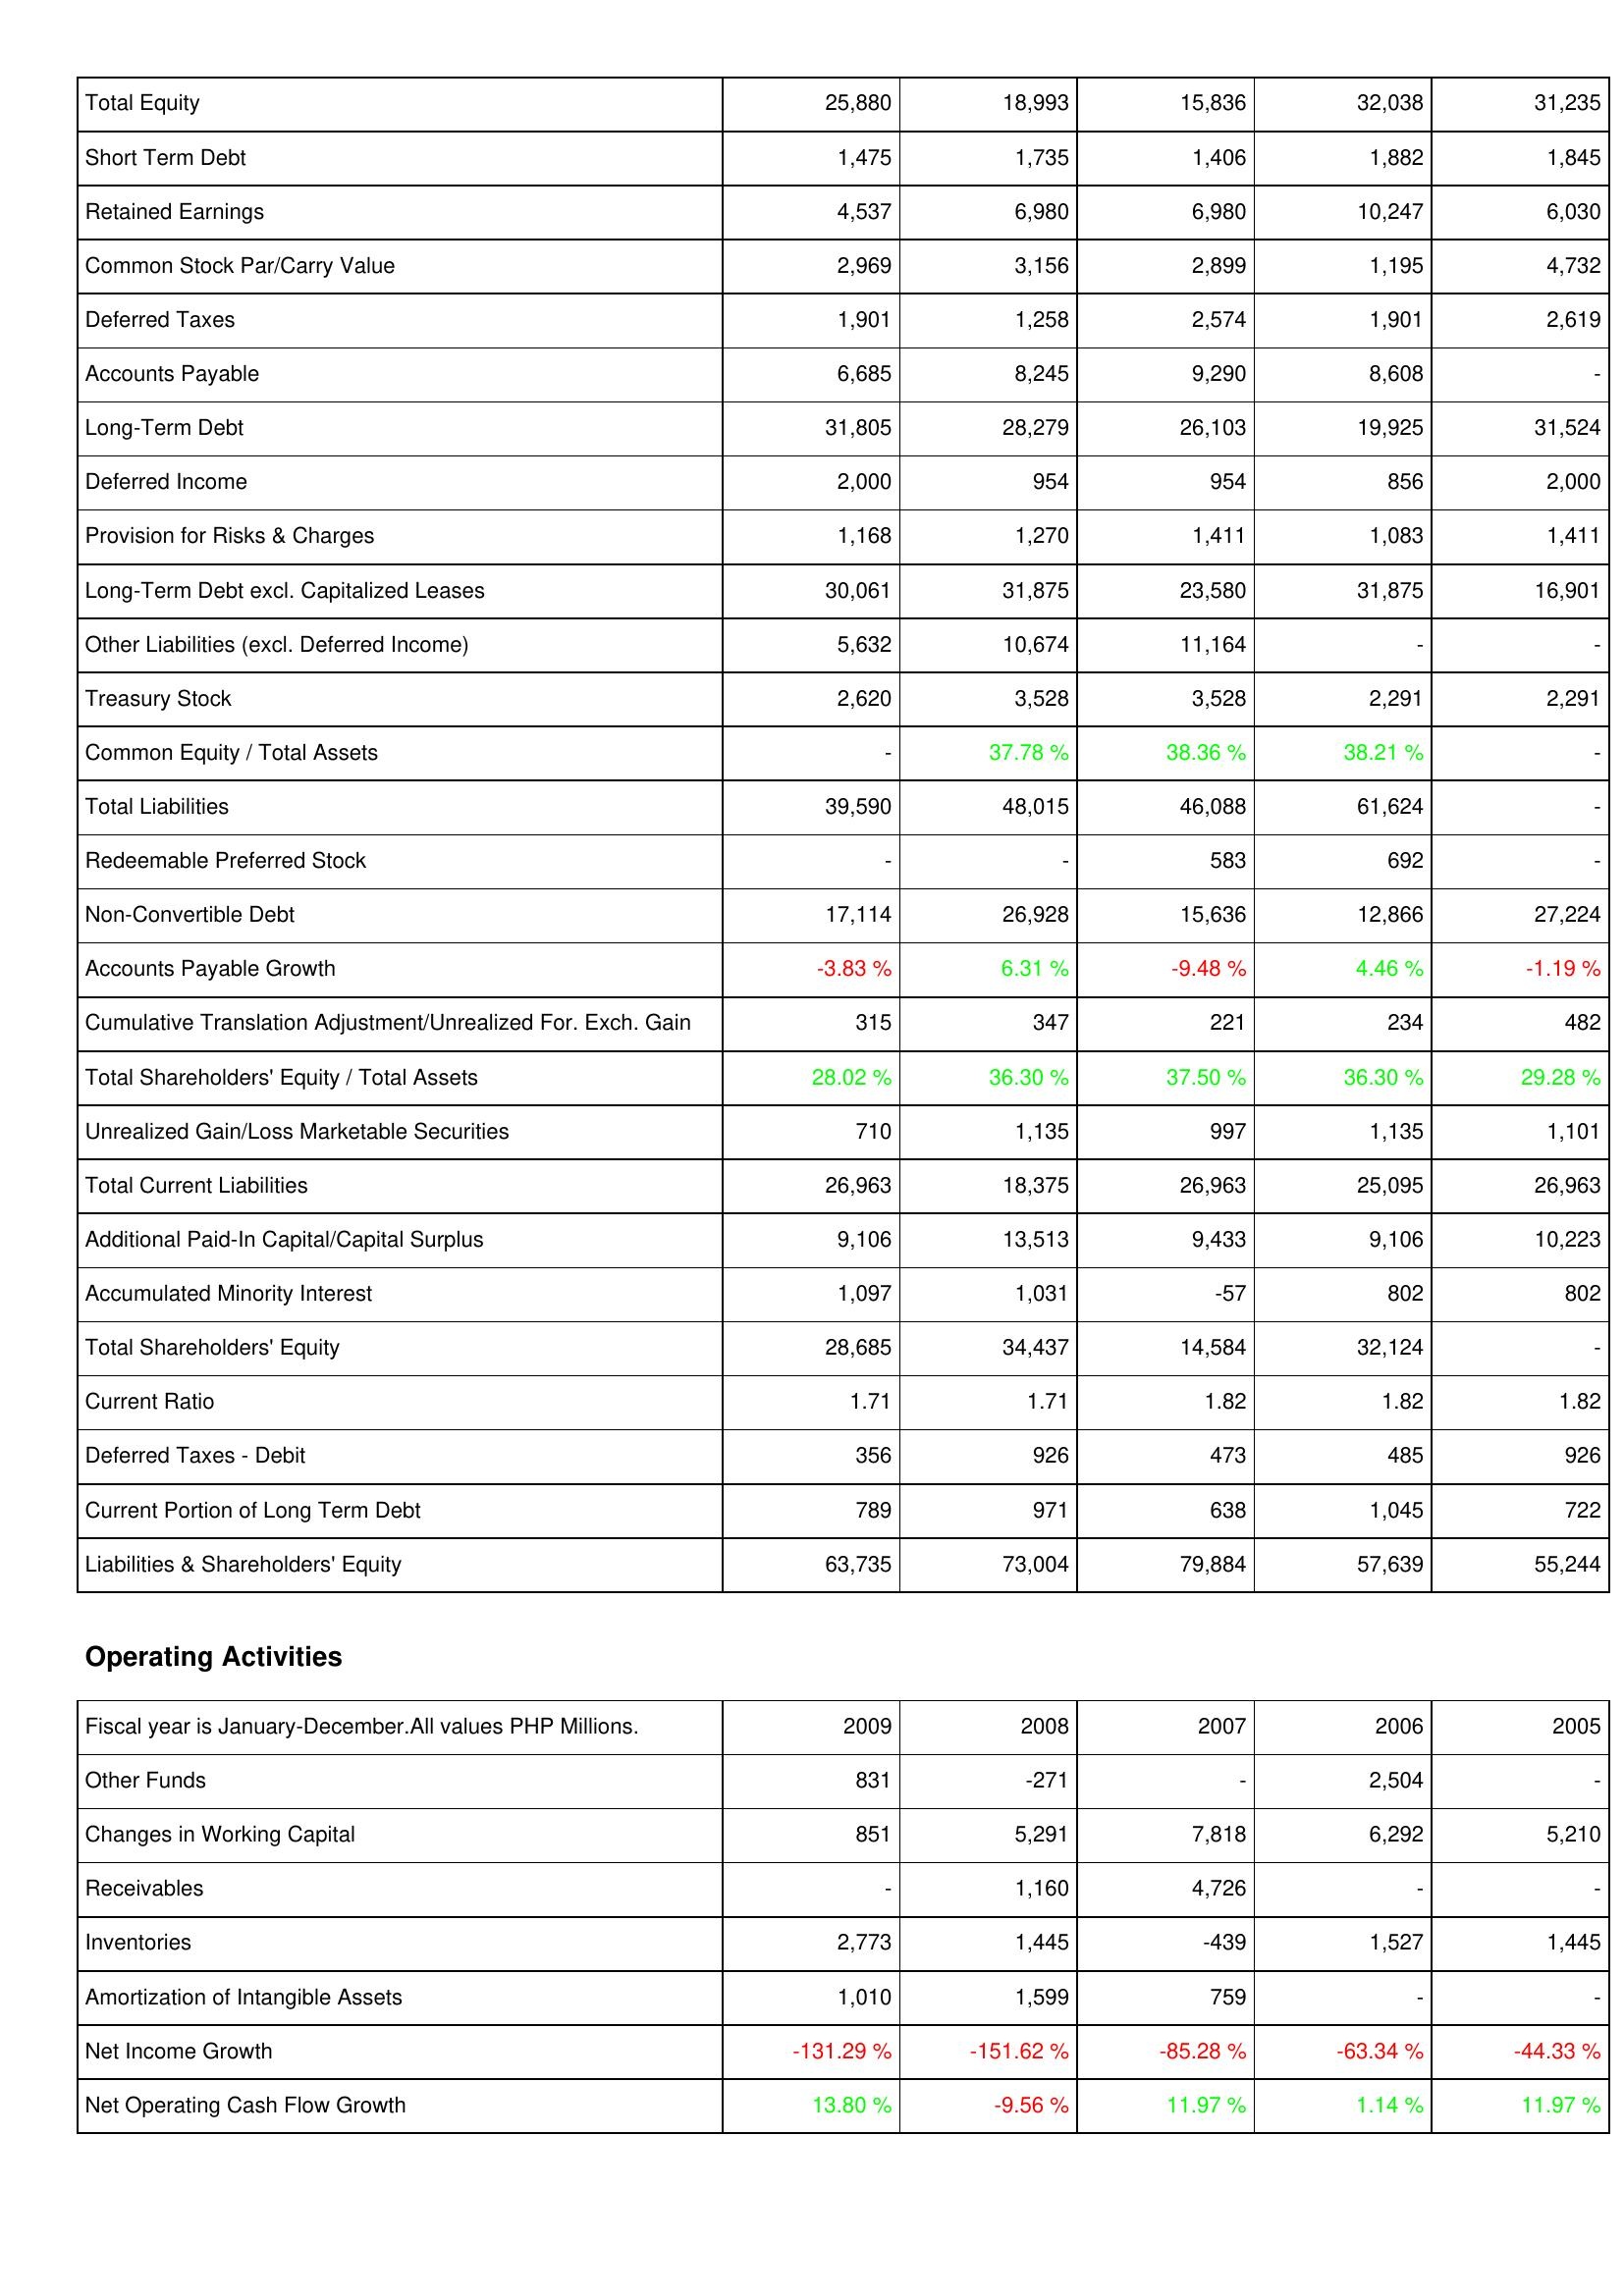
2009: Liabilities & Shareholders' Equity: Total Equity: 25,880
Short Term Debt: 1,475
Retained Earnings: 4,537
Common Stock Par/Carry Value: 2,969
Deferred Taxes: 1,901
Accounts Payable: 6,685
Long-Term Debt: 31,805
Deferred Income: 2,000
Provision for Risks & Charges: 1,168
Long-Term Debt excl. Capitalized Leases: 30,061
Other Liabilities (excl. Deferred Income): 5,632
Treasury Stock: 2,620
Common Equity / Total Assets: -
Total Liabilities: 39,590
Redeemable Preferred Stock: -
Non-Convertible Debt: 17,114
Accounts Payable Growth: -3.83 %
Cumulative Translation Adjustment/Unrealized For. Exch. Gain: 315
Total Shareholders' Equity / Total Assets: 28.02 %
Unrealized Gain/Loss Marketable Securities: 710
Total Current Liabilities: 26,963
Additional Paid-In Capital/Capital Surplus: 9,106
Accumulated Minority Interest: 1,097
Total Shareholders' Equity: 28,685
Current Ratio: 1.71
Deferred Taxes - Debit: 356
Current Portion of Long Term Debt: 789
Liabilities & Shareholders' Equity: 63,735
Operating Activities: Other Funds: 831
Changes in Working Capital: 851
Receivables: -
Inventories: 2,773
Amortization of Intangible Assets: 1,010
Net Income Growth: -131.29 %
Net Operating Cash Flow Growth: 13.80 %
2008: Liabilities & Shareholders' Equity: Total Equity: 18,993
Short Term Debt: 1,735
Retained Earnings: 6,980
Common Stock Par/Carry Value: 3,156
Deferred Taxes: 1,258
Accounts Payable: 8,245
Long-Term Debt: 28,279
Deferred Income: 954
Provision for Risks & Charges: 1,270
Long-Term Debt excl. Capitalized Leases: 31,875
Other Liabilities (excl. Deferred Income): 10,674
Treasury Stock: 3,528
Common Equity / Total Assets: 37.78 %
Total Liabilities: 48,015
Redeemable Preferred Stock: -
Non-Convertible Debt: 26,928
Accounts Payable Growth: 6.31 %
Cumulative Translation Adjustment/Unrealized For. Exch. Gain: 347
Total Shareholders' Equity / Total Assets: 36.30 %
Unrealized Gain/Loss Marketable Securities: 1,135
Total Current Liabilities: 18,375
Additional Paid-In Capital/Capital Surplus: 13,513
Accumulated Minority Interest: 1,031
Total Shareholders' Equity: 34,437
Current Ratio: 1.71
Deferred Taxes - Debit: 926
Current Portion of Long Term Debt: 971
Liabilities & Shareholders' Equity: 73,004
Operating Activities: Other Funds: -271
Changes in Working Capital: 5,291
Receivables: 1,160
Inventories: 1,445
Amortization of Intangible Assets: 1,599
Net Income Growth: -151.62 %
Net Operating Cash Flow Growth: -9.56 %
2007: Liabilities & Shareholders' Equity: Total Equity: 15,836
Short Term Debt: 1,406
Retained Earnings: 6,980
Common Stock Par/Carry Value: 2,899
Deferred Taxes: 2,574
Accounts Payable: 9,290
Long-Term Debt: 26,103
Deferred Income: 954
Provision for Risks & Charges: 1,411
Long-Term Debt excl. Capitalized Leases: 23,580
Other Liabilities (excl. Deferred Income): 11,164
Treasury Stock: 3,528
Common Equity / Total Assets: 38.36 %
Total Liabilities: 46,088
Redeemable Preferred Stock: 583
Non-Convertible Debt: 15,636
Accounts Payable Growth: -9.48 %
Cumulative Translation Adjustment/Unrealized For. Exch. Gain: 221
Total Shareholders' Equity / Total Assets: 37.50 %
Unrealized Gain/Loss Marketable Securities: 997
Total Current Liabilities: 26,963
Additional Paid-In Capital/Capital Surplus: 9,433
Accumulated Minority Interest: -57
Total Shareholders' Equity: 14,584
Current Ratio: 1.82
Deferred Taxes - Debit: 473
Current Portion of Long Term Debt: 638
Liabilities & Shareholders' Equity: 79,884
Operating Activities: Other Funds: -
Changes in Working Capital: 7,818
Receivables: 4,726
Inventories: -439
Amortization of Intangible Assets: 759
Net Income Growth: -85.28 %
Net Operating Cash Flow Growth: 11.97 %
2006: Liabilities & Shareholders' Equity: Total Equity: 32,038
Short Term Debt: 1,882
Retained Earnings: 10,247
Common Stock Par/Carry Value: 1,195
Deferred Taxes: 1,901
Accounts Payable: 8,608
Long-Term Debt: 19,925
Deferred Income: 856
Provision for Risks & Charges: 1,083
Long-Term Debt excl. Capitalized Leases: 31,875
Other Liabilities (excl. Deferred Income): -
Treasury Stock: 2,291
Common Equity / Total Assets: 38.21 %
Total Liabilities: 61,624
Redeemable Preferred Stock: 692
Non-Convertible Debt: 12,866
Accounts Payable Growth: 4.46 %
Cumulative Translation Adjustment/Unrealized For. Exch. Gain: 234
Total Shareholders' Equity / Total Assets: 36.30 %
Unrealized Gain/Loss Marketable Securities: 1,135
Total Current Liabilities: 25,095
Additional Paid-In Capital/Capital Surplus: 9,106
Accumulated Minority Interest: 802
Total Shareholders' Equity: 32,124
Current Ratio: 1.82
Deferred Taxes - Debit: 485
Current Portion of Long Term Debt: 1,045
Liabilities & Shareholders' Equity: 57,639
Operating Activities: Other Funds: 2,504
Changes in Working Capital: 6,292
Receivables: -
Inventories: 1,527
Amortization of Intangible Assets: -
Net Income Growth: -63.34 %
Net Operating Cash Flow Growth: 1.14 %
2005: Liabilities & Shareholders' Equity: Total Equity: 31,235
Short Term Debt: 1,845
Retained Earnings: 6,030
Common Stock Par/Carry Value: 4,732
Deferred Taxes: 2,619
Accounts Payable: -
Long-Term Debt: 31,524
Deferred Income: 2,000
Provision for Risks & Charges: 1,411
Long-Term Debt excl. Capitalized Leases: 16,901
Other Liabilities (excl. Deferred Income): -
Treasury Stock: 2,291
Common Equity / Total Assets: -
Total Liabilities: -
Redeemable Preferred Stock: -
Non-Convertible Debt: 27,224
Accounts Payable Growth: -1.19 %
Cumulative Translation Adjustment/Unrealized For. Exch. Gain: 482
Total Shareholders' Equity / Total Assets: 29.28 %
Unrealized Gain/Loss Marketable Securities: 1,101
Total Current Liabilities: 26,963
Additional Paid-In Capital/Capital Surplus: 10,223
Accumulated Minority Interest: 802
Total Shareholders' Equity: -
Current Ratio: 1.82
Deferred Taxes - Debit: 926
Current Portion of Long Term Debt: 722
Liabilities & Shareholders' Equity: 55,244
Operating Activities: Other Funds: -
Changes in Working Capital: 5,210
Receivables: -
Inventories: 1,445
Amortization of Intangible Assets: -
Net Income Growth: -44.33 %
Net Operating Cash Flow Growth: 11.97 %